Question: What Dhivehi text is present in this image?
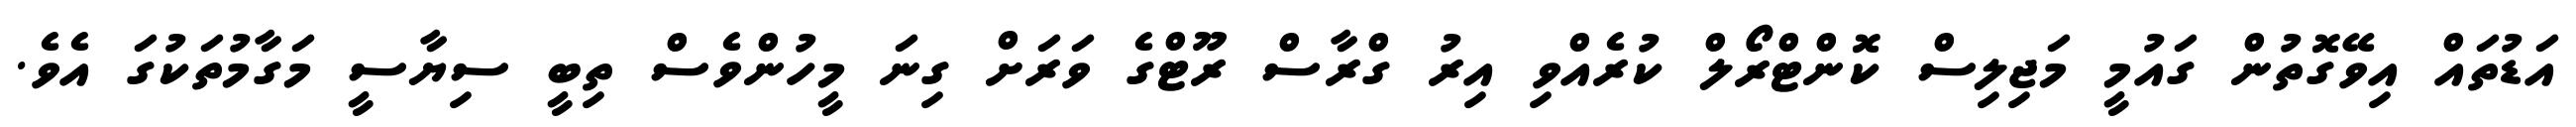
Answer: އަޑުތައް އިވޭގޮތުން ގައުމީ މަޖިލިސް ކޮންޓްރޯލް ކުރެއްވި އިރު ގްރާސް ރޫޓްގެ ވަރަށް ގިނަ މީހުންވެސް ތިބީ ސިޔާސީ މަގާމުތަކުގަ އެވެ.